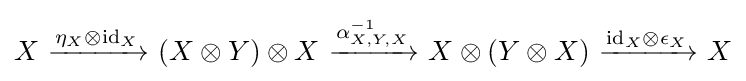
X~{\xrightarrow {\eta _{X}\otimes \mathrm {id} _{X}}}~(X\otimes Y)\otimes X~{\xrightarrow {\alpha _{X,Y,X}^{-1}}}~X\otimes (Y\otimes X)~{\xrightarrow {\mathrm {id} _{X}\otimes \epsilon _{X}}}~X